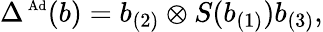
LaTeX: \Delta^{\mathrm{\scriptsize~Ad}}(b)=b_{(2)}\otimes S(b_{(1)})b_{(3)},